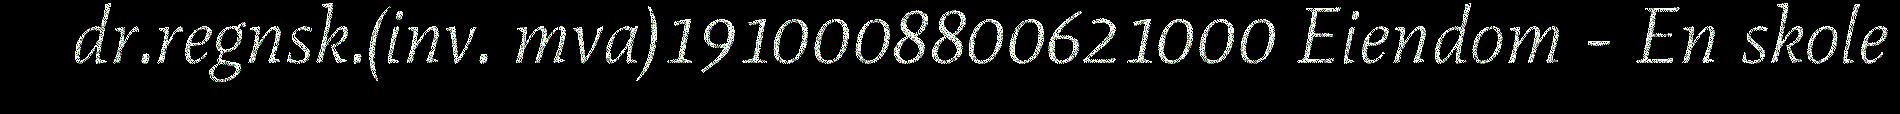
dr.regnsk.(inv. mva)1910008800621000 Eiendom - En skole